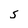
Character: S